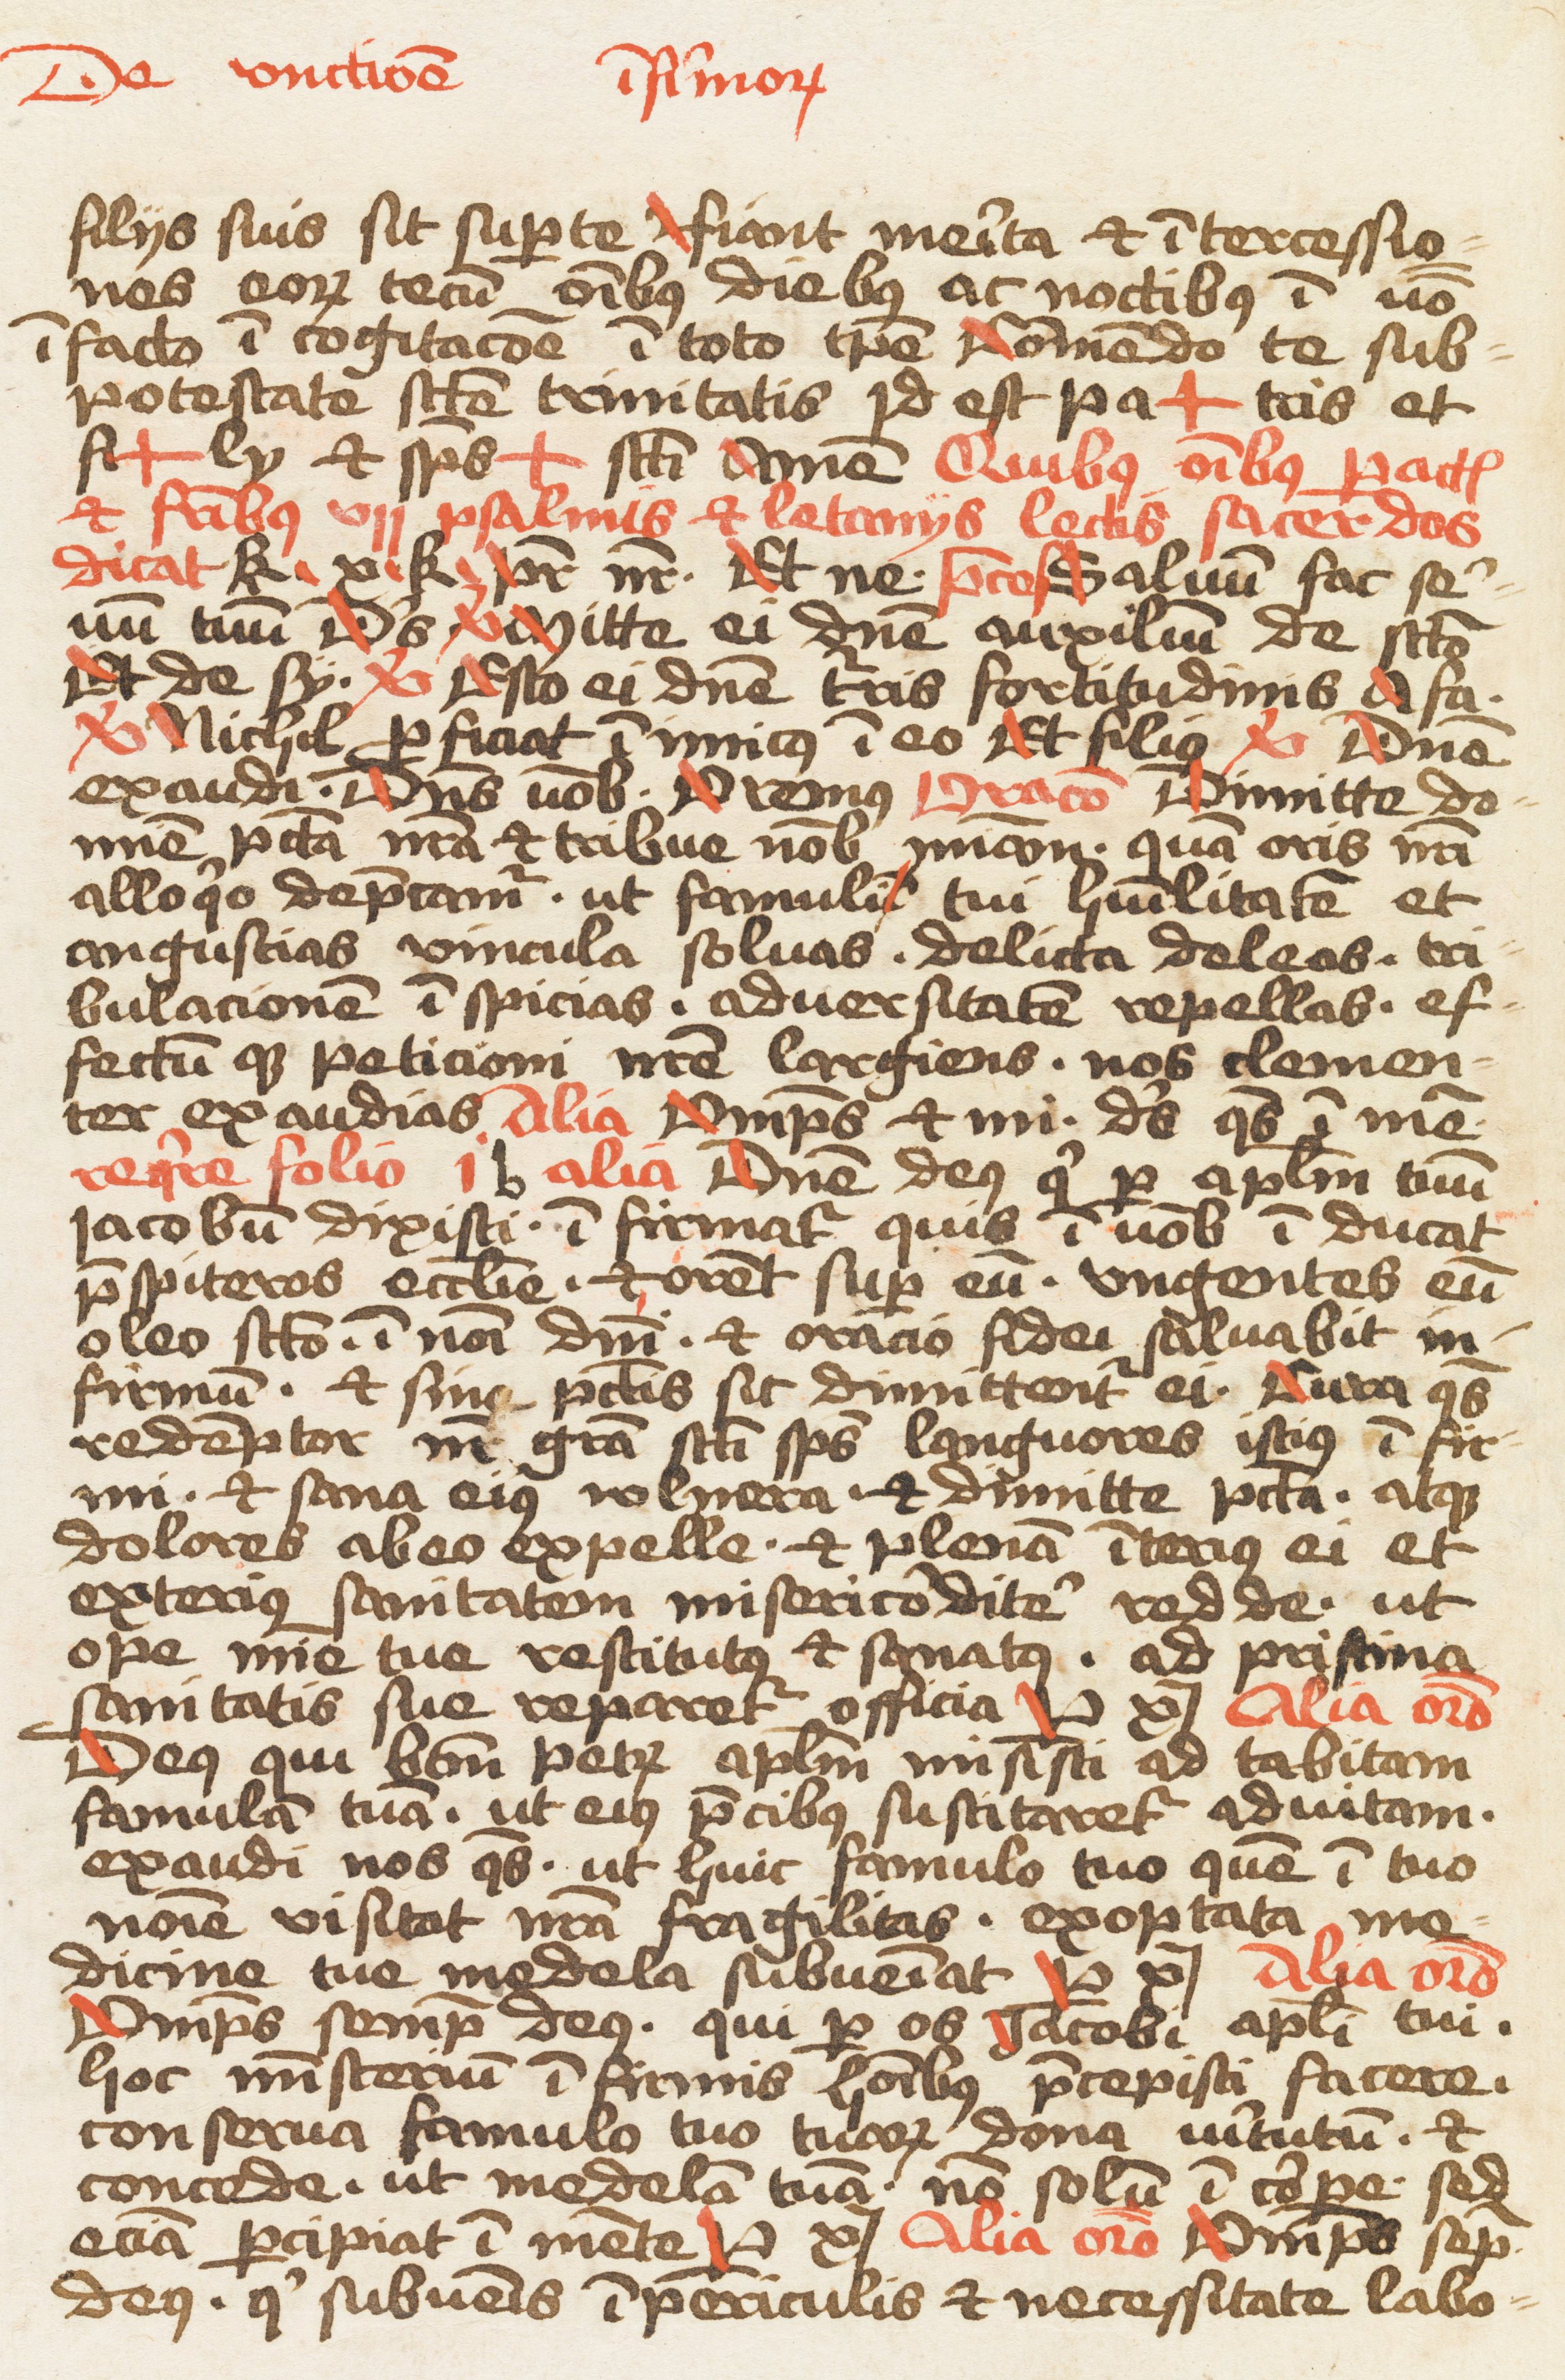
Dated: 1400–1499